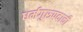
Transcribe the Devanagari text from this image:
धर्मगुरुपदाची